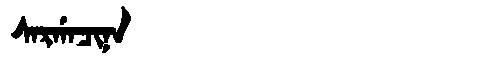
Manchu: ᠰᠠᡵᡤᠠᠴᡳᠨᠠ
Romanization: SARGACINA